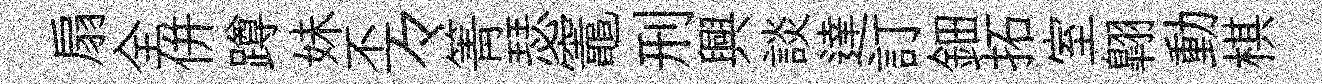
扇全併蹲妹丕々箐瑟竈刑興談達訂鈿拓室翺動棋